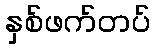
နှစ်ဖက်တပ်